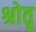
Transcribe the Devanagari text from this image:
श्रोतृ